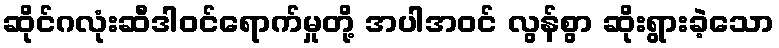
ဆိုင်ဂလုံးဆီဒါဝင်ရောက်မှုတို့ အပါအဝင် လွန်စွာ ဆိုးရွားခဲ့သော